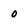
Character: 0